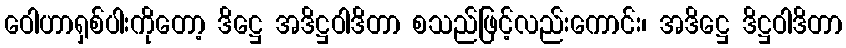
ဝေါဟာရှစ်ပါးကိုတော့ ဒိဋ္ဌေ အဒိဋ္ဌဝါဒိတာ စသည်ဖြင့်လည်းကောင်း၊ အဒိဋ္ဌေ ဒိဋ္ဌဝါဒိတာ